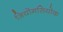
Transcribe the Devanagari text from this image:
जियोंगसियोक